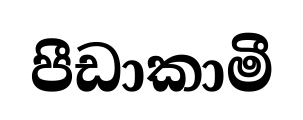
පීඩාකාමී